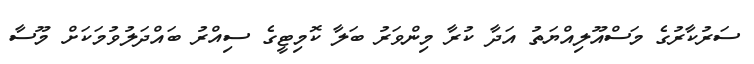
ސަރުކާރުގެ މަސްއޫލިއްޔަތު އަދާ ކުރާ މިންވަރު ބަލާ ކޮމިޓީގެ ސިއްރު ބައްދަލުވުމަކަށް މޫސާ